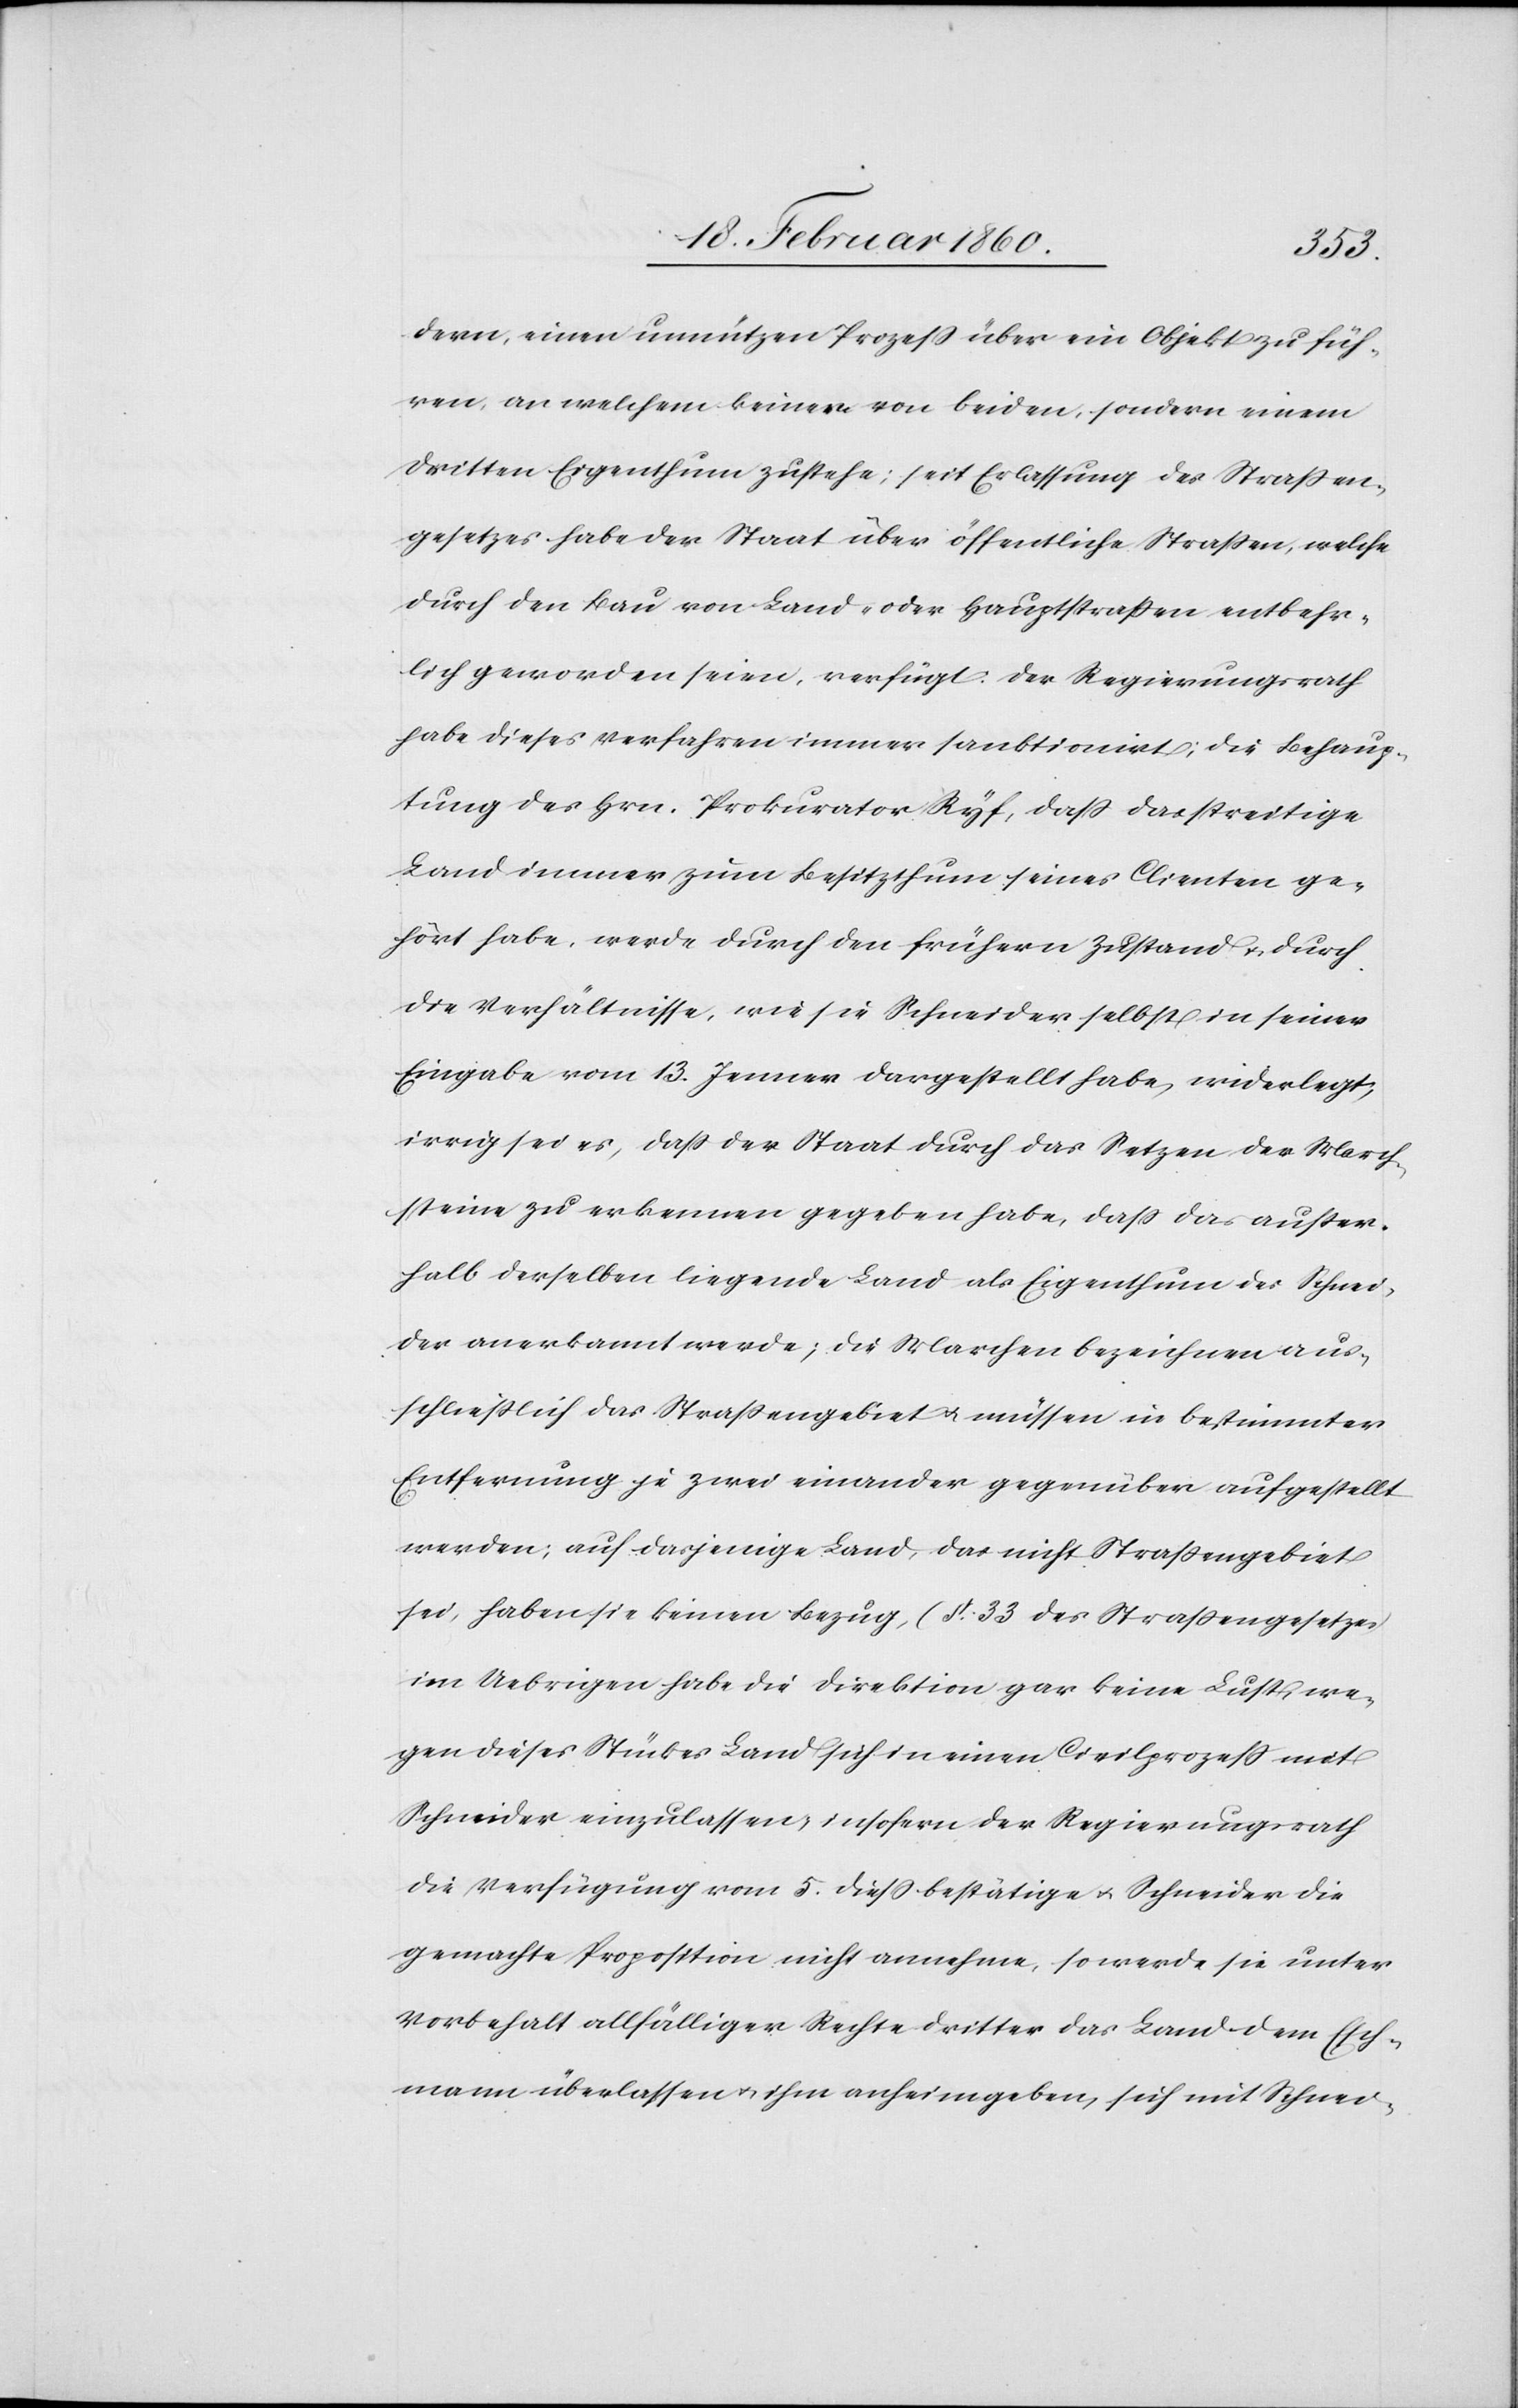
dern, einen unnützen Prozess über ein Objekt zu füh¬
ren, an welchem keiner von beiden, sondern einem
Dritten Eigenthum zustehe; seit Erlassung des Strassen¬
gesetzes habe der Staat über öffentliche Strassen, welche
durch den Bau von Land- oder Hauptstrassen entbehr¬
lich geworden seien, verfügt. Der Regierungsrath
habe dieses Verfahren immer sanktionirt; die Behaup¬
tung des Hrn. Prokurator Ryf, dass das streitige
Land immer zum Besitzthum seines Clienten ge¬
hört habe, werde durch den frühern Zustand u. durch
die Verhältnisse, wie sie Schneider selbst in seiner
Eingabe vom 13. Jenner dargestellt habe, widerlegt,
irrig sei es, dass der Staat durch das Setzen der March¬
steine zu erkennen gegeben habe, dass das außer¬
halb derselben liegende Land als Eigenthum des Schnei¬
der anerkannt werde; die Marchen bezeichnen aus¬
schliesslich das Strassengebiet u. müssen in bestimmter
Entfernung je zwei einander gegenüber aufgestellt
werden; auf dasjenige Land, das nicht Strassengebiet
sei, haben sie keinen Bezug [§. 33. des Strassengesetzes]
im Uebrigen habe die Direktion gar keine Lust, we¬
gen dieses Stückes Land sich in einen Civilprozess mit
Schneider einzulassen, insofern der Regierungsrath
die Verfügung vom 5. diess bestätige u. Schneider die
gemachte Proposition nicht annehme, so werde sie unter
Vorbehalt allfälliger Rechte Dritter das Land dem Eich¬
mann überlassen u. ihm anheimgeben, sich mit Schnei-